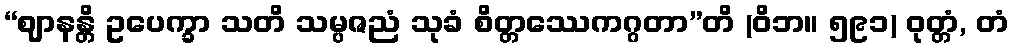
“ဈာနန္တိ ဥပေက္ခာ သတိ သမ္ပဇညံ သုခံ စိတ္တဿေကဂ္ဂတာ”တိ (ဝိဘ။ ၅၉၁) ဝုတ္တံ, တံ